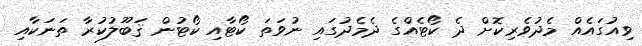
ވިއުގައެއް މެދުވެރިކޮށް ދެ ކޯޓެއްގެ ދެމެދުގައި ނުވަތަ ކޯޓާއި ކޯޓުން ޤަބޫލުކުރާ ތަނަކާއި